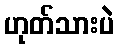
ဟုတ်သားပဲ